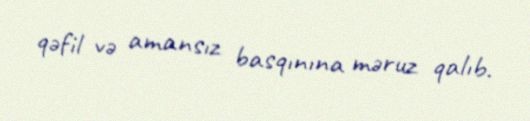
qəfil və amansız basqınına məruz qalıb.